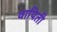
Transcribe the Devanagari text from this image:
वापिती